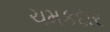
ચમકદાર